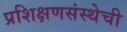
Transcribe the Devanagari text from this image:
प्रशिक्षणसंस्थेची